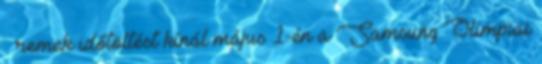
– remek időtöltést kínál május 1-én a Samsung Olimpiai